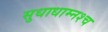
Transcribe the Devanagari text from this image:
सुधाधाम्नश्च